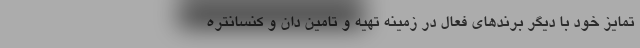
تمایز خود با دیگر برند‌های فعال در زمینه تهیه و تامین دان و کنسانتره